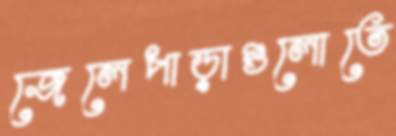
জেলেপাড়াগুলোতে